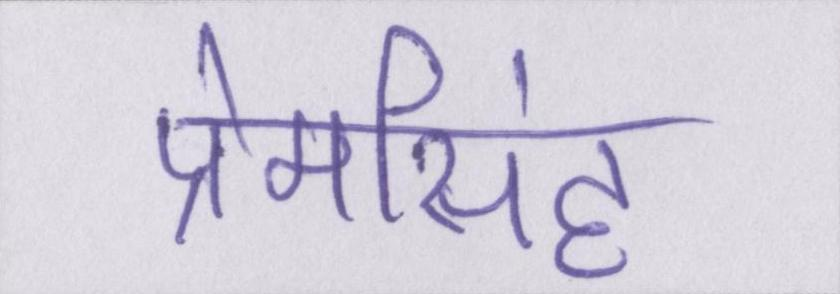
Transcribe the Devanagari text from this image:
प्रेमसिंह